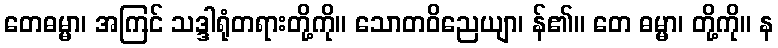
တေဓမ္မာ၊ အကြင် သဒ္ဒါရုံတရားတို့ကို။ သောတဝိညေယျာ၊ န်၏။ တေ ဓမ္မာ၊ တို့ကို။ န